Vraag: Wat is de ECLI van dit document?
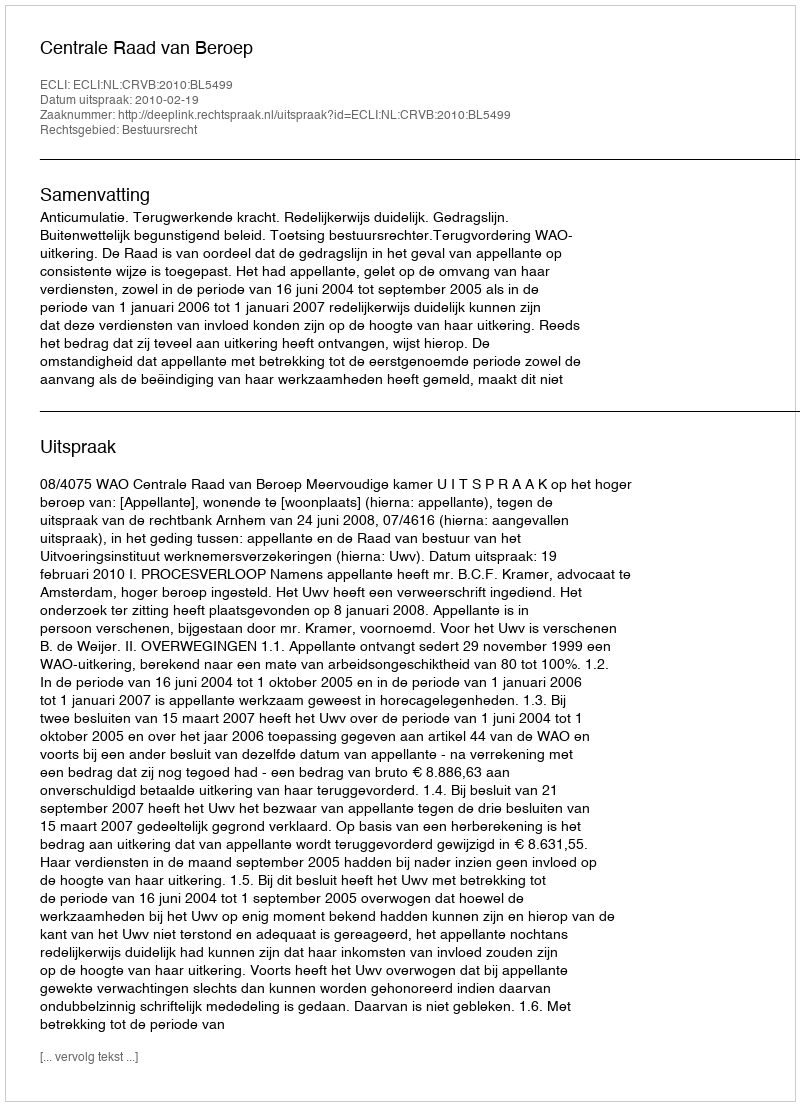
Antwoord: ECLI:NL:CRVB:2010:BL5499